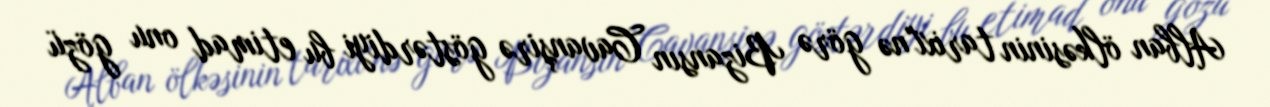
Alban ölkəsinin tarixi"nə görə Bizansın Cavanşirə göstərdiyi bu etimad onu gözü